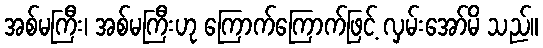
အစ်မကြီး၊ အစ်မကြီးဟု ကြောက်ကြောက်ဖြင့် လှမ်းအော်မိ သည်။